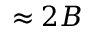
\approx 2 B